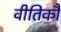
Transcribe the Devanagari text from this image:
वीतिकौ